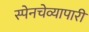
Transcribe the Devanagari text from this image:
स्पेनचेव्यापारी